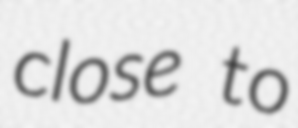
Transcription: close to